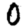
Digit: 0